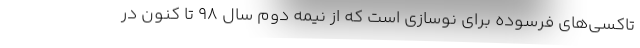
تاکسی‌های فرسوده برای نوسازی است که از نیمه دوم سال ۹۸ تا کنون در